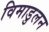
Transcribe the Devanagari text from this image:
विमाडुलन